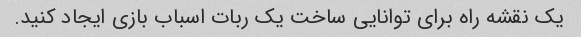
یک نقشه راه برای توانایی ساخت یک ربات اسباب بازی ایجاد کنید.